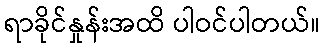
ရာခိုင်နှုန်းအထိ ပါဝင်ပါတယ်။